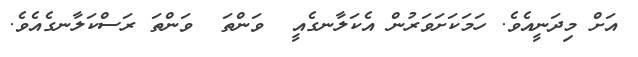
އަށް މިދަނީއެވެ. ހަމަކަށަވަރުން އެކަލާނގެއީ  ވަންތަ  ވަންތަ ރަސްކަލާނގެއެވެ.